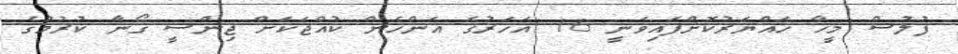
ފުލުސް މީހާ ހައްޔަރުކޮށްފައިވަނީ 16 އަހަރުގެ އަންހެން ކުއްޖަކަށް ޖިންސީ ގޯނާ ކުރުމުގެ